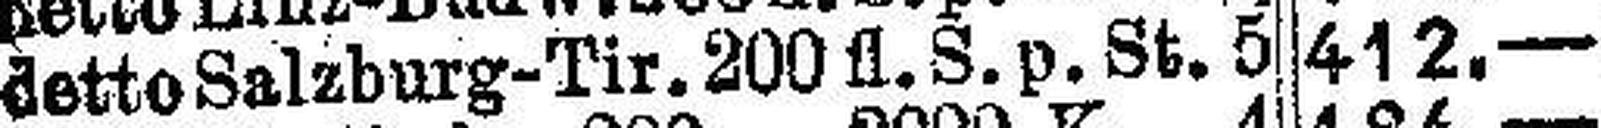
dette Salzburg-Tir. 200 fl. S.p. St. 5